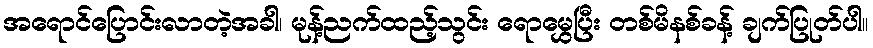
အရောင်ပြောင်းလာတဲ့အခါ၊ မုန့်ညက်ထည့်သွင်း ရောမွှေပြီး တစ်မိနစ်ခန့် ချက်ပြုတ်ပါ။